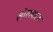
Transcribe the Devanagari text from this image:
लोलकात